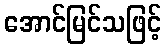
အောင်မြင်သဖြင့်